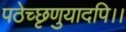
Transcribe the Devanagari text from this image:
पठेच्छृणुयादपि।।